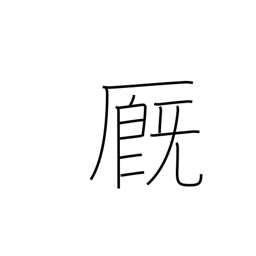
Meaning: stable